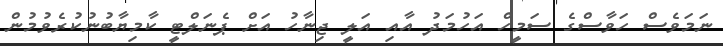
ނަމަވެސް ހަވާސްގެ ސަމީހް އަހުމަދު އާއި އަލީ ޖިނާހު އަށް ޕެނަލްޓީ ކާމިޔާބުނުކުރެވުމުން